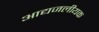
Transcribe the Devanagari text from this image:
आद्यजलीयक